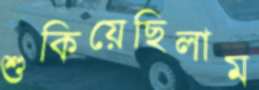
শুকিয়েছিলাম